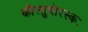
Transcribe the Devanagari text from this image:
कौस्तुभोरस्कः